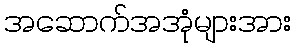
အဆောက်အအုံများအား